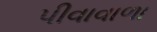
પીવાવાળા